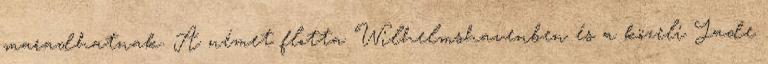
maradhatnak. A német flotta Wilhelmshavenben és a közeli Jade